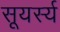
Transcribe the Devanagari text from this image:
सूयर्स्य